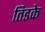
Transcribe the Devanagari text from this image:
तिडके